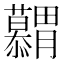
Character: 𮍋